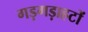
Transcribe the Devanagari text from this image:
गड़गड़ाहटों